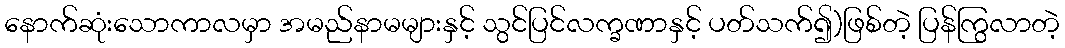
နောက်ဆုံးသောကာလမှာ အမည်နာမများနှင့် သွင်ပြင်လက္ခဏာနှင့် ပတ်သက်၍)ဖြစ်တဲ့ ပြန်ကြွလာတဲ့